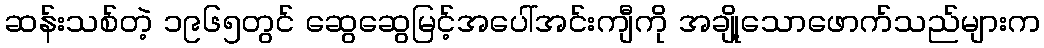
ဆန်းသစ်တဲ့ ၁၉၆၅တွင် ဆွေဆွေမြင့်အပေါ်အင်းကျီကို အချို့သောဖောက်သည်များက